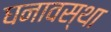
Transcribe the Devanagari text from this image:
घनावस्था